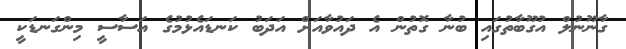
ގާނޫނުލް އުގޫބާތުގައި ބުނާ ގޮތުން އެ ދައުވާއަށް އަދަބު ކަނޑައެޅުމުގެ އަސާސީ މިންގަނޑަކީ